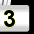
Digit: 3